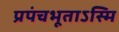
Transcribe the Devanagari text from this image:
प्रपंचभूताऽस्मि